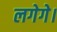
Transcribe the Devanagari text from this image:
लगेगे।